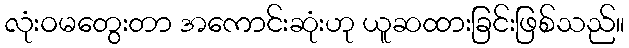
လုံးဝမတွေးတာ အကောင်းဆုံးဟု ယူဆထားခြင်းဖြစ်သည်။